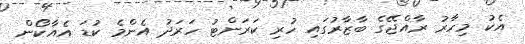
އެކު މިހާރު ރާއްޖޭގެ ބާޒާރުގައި ހުރި ކަރަންޓު ހަރަދު އެންމެ ކުޑަ އެއާކޯން